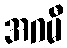
အဂမီ